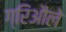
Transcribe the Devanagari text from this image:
ग्रिऔले